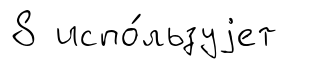
8 испо́льзуjет